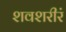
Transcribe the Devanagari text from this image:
शवशरीरं